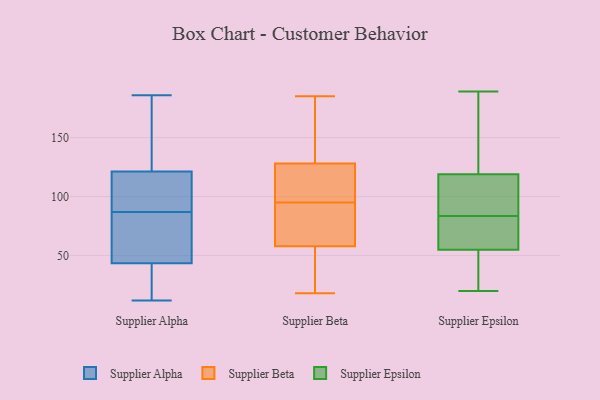
{"axis": {"x": "Bounce Rate (%)", "y": "Value"}, "legend": ["Supplier Alpha", "Supplier Beta", "Supplier Epsilon"], "data": [{"x": "", "y": 20, "type": "Supplier Alpha"}, {"x": "", "y": 116, "type": "Supplier Alpha"}, {"x": "", "y": 134, "type": "Supplier Alpha"}, {"x": "", "y": 18, "type": "Supplier Alpha"}, {"x": "", "y": 186, "type": "Supplier Alpha"}, {"x": "", "y": 48, "type": "Supplier Alpha"}, {"x": "", "y": 72, "type": "Supplier Alpha"}, {"x": "", "y": 115, "type": "Supplier Alpha"}, {"x": "", "y": 58, "type": "Supplier Alpha"}, {"x": "", "y": 90, "type": "Supplier Alpha"}, {"x": "", "y": 135, "type": "Supplier Alpha"}, {"x": "", "y": 136, "type": "Supplier Alpha"}, {"x": "", "y": 42, "type": "Supplier Alpha"}, {"x": "", "y": 88, "type": "Supplier Alpha"}, {"x": "", "y": 87, "type": "Supplier Alpha"}, {"x": "", "y": 123, "type": "Supplier Alpha"}, {"x": "", "y": 12, "type": "Supplier Alpha"}, {"x": "", "y": 24, "type": "Supplier Alpha"}, {"x": "", "y": 87, "type": "Supplier Alpha"}, {"x": "", "y": 50, "type": "Supplier Beta"}, {"x": "", "y": 66, "type": "Supplier Beta"}, {"x": "", "y": 66, "type": "Supplier Beta"}, {"x": "", "y": 101, "type": "Supplier Beta"}, {"x": "", "y": 159, "type": "Supplier Beta"}, {"x": "", "y": 41, "type": "Supplier Beta"}, {"x": "", "y": 18, "type": "Supplier Beta"}, {"x": "", "y": 94, "type": "Supplier Beta"}, {"x": "", "y": 96, "type": "Supplier Beta"}, {"x": "", "y": 185, "type": "Supplier Beta"}, {"x": "", "y": 142, "type": "Supplier Beta"}, {"x": "", "y": 114, "type": "Supplier Beta"}, {"x": "", "y": 30, "type": "Supplier Epsilon"}, {"x": "", "y": 112, "type": "Supplier Epsilon"}, {"x": "", "y": 38, "type": "Supplier Epsilon"}, {"x": "", "y": 55, "type": "Supplier Epsilon"}, {"x": "", "y": 105, "type": "Supplier Epsilon"}, {"x": "", "y": 46, "type": "Supplier Epsilon"}, {"x": "", "y": 65, "type": "Supplier Epsilon"}, {"x": "", "y": 69, "type": "Supplier Epsilon"}, {"x": "", "y": 189, "type": "Supplier Epsilon"}, {"x": "", "y": 99, "type": "Supplier Epsilon"}, {"x": "", "y": 92, "type": "Supplier Epsilon"}, {"x": "", "y": 74, "type": "Supplier Epsilon"}, {"x": "", "y": 20, "type": "Supplier Epsilon"}, {"x": "", "y": 178, "type": "Supplier Epsilon"}, {"x": "", "y": 75, "type": "Supplier Epsilon"}, {"x": "", "y": 119, "type": "Supplier Epsilon"}, {"x": "", "y": 136, "type": "Supplier Epsilon"}, {"x": "", "y": 168, "type": "Supplier Epsilon"}]}